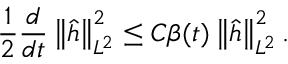
\frac { 1 } { 2 } \frac { d } { d t } \left\| \widehat { h } \right\| _ { L ^ { 2 } } ^ { 2 } \leq C \beta ( t ) \left\| \widehat { h } \right\| _ { L ^ { 2 } } ^ { 2 } .